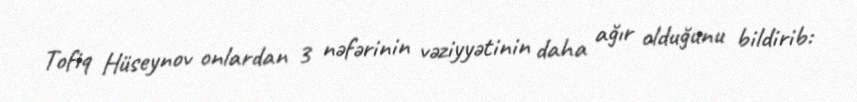
Tofiq Hüseynov onlardan 3 nəfərinin vəziyyətinin daha ağır olduğunu bildirib: